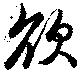
欲